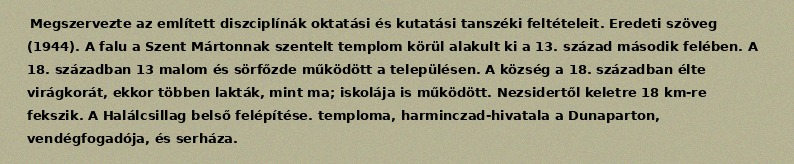
Megszervezte az említett diszciplínák oktatási és kutatási tanszéki feltételeit. Eredeti szöveg (1944). A falu a Szent Mártonnak szentelt templom körül alakult ki a 13. század második felében. A 18. században 13 malom és sörfőzde működött a településen. A község a 18. században élte virágkorát, ekkor többen lakták, mint ma; iskolája is működött. Nezsidertől keletre 18 km-re fekszik. A Halálcsillag belső felépítése. temploma, harminczad-hivatala a Dunaparton, vendégfogadója, és serháza.